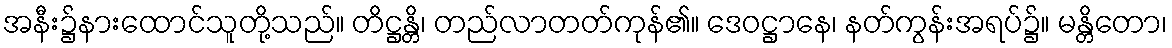
အနီး၌နားထောင်သူတို့သည်။ တိဋ္ဌန္တိ၊ တည်လာတတ်ကုန်၏။ ဒေဝဋ္ဌာနေ၊ နတ်ကွန်းအရပ်၌။ မန္တိတော၊